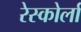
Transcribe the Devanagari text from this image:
रेस्कोर्ला